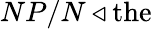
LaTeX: NP/N\triangleleft{\mathrm{the}}